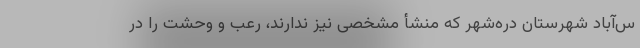
س‌آباد شهرستان دره‌شهر که منشأ مشخصی نیز ندارند، رعب و وحشت را در